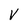
Character: V